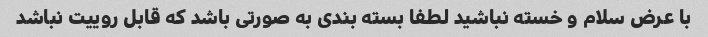
با عرض سلام و خسته نباشید لطفا بسته بندی به صورتی باشد که قابل روییت نباشد